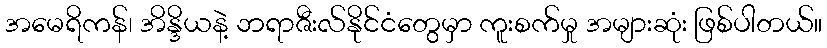
အမေရိကန်၊ အိန္ဒိယနဲ့ ဘရာဇီးလ်နိုင်ငံတွေမှာ ကူးစက်မှု အများဆုံး ဖြစ်ပါတယ်။